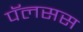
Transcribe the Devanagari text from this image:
पॅलसस